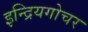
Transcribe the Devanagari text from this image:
इन्द्रियगोचर